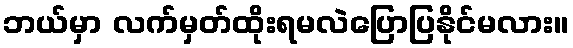
ဘယ်မှာ လက်မှတ်ထိုးရမလဲပြောပြနိုင်မလား။